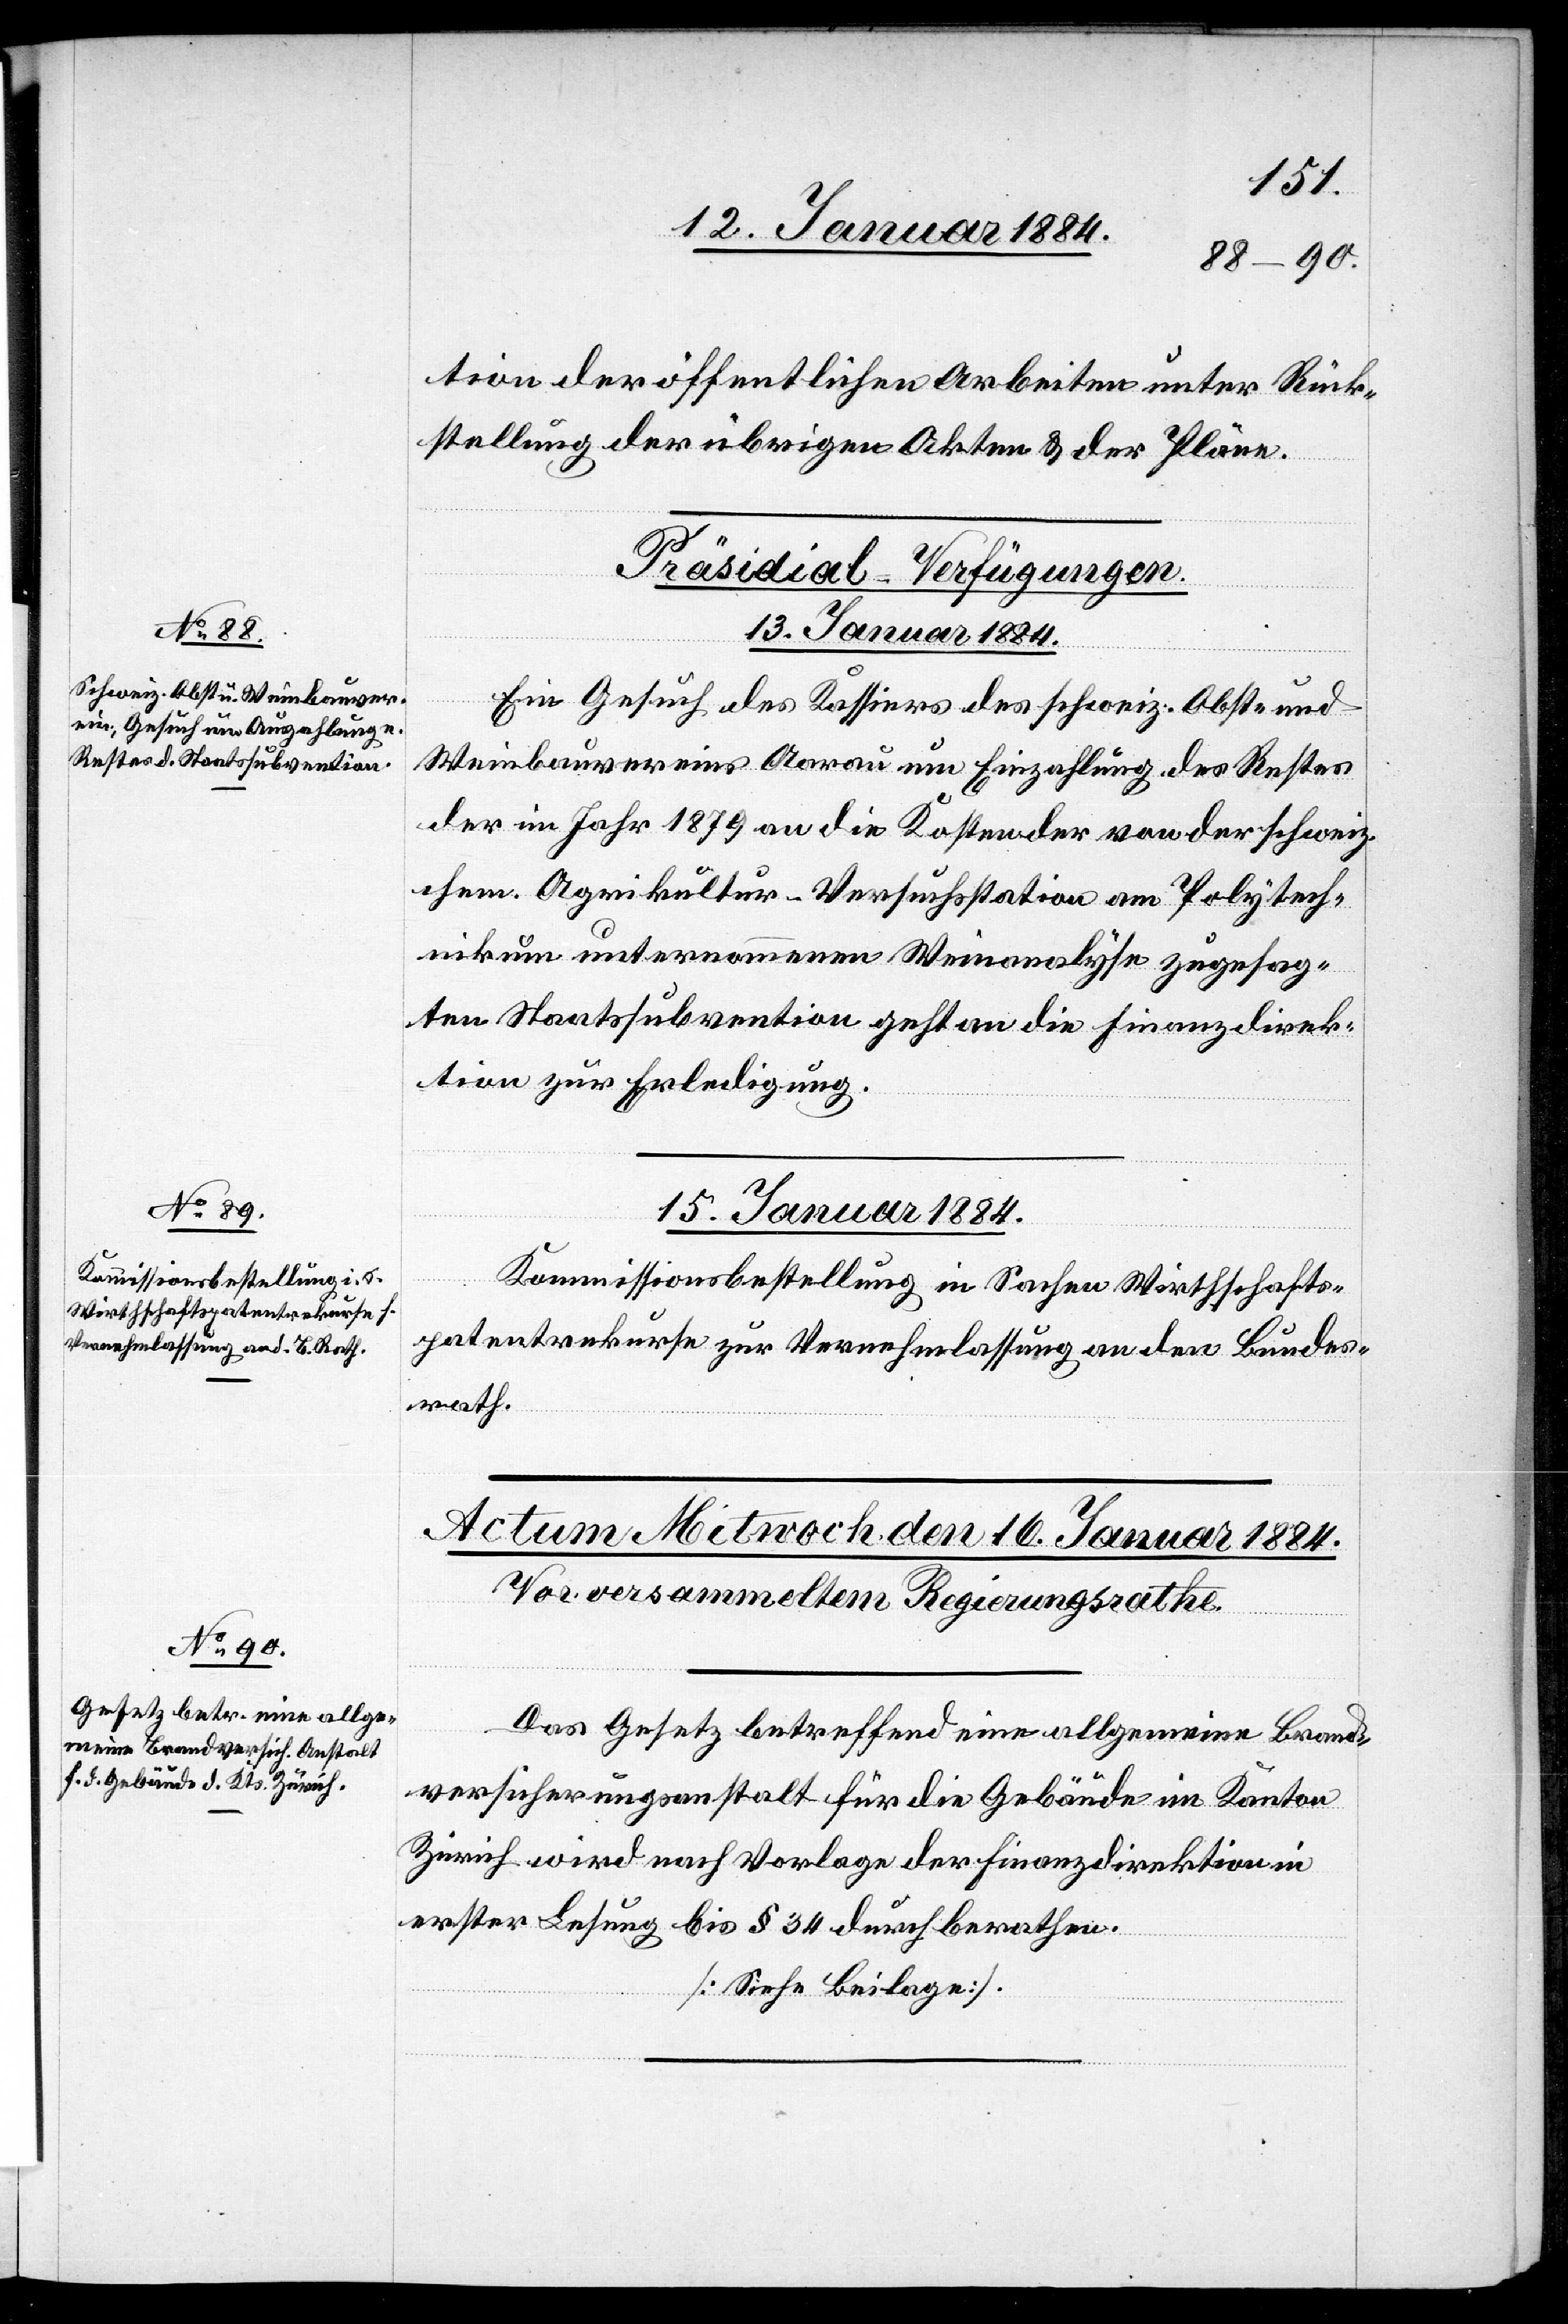
tion der öffentlichen Arbeiten unter Rück¬
stellung der übrigen Akten & der Pläne.
[Präsidial-Verfügungen.]
13. Januar 1884.
Ein Gesuch des Kassiers des schweiz. Obst- und
Weinbauvereins Aarau um Einzahlung des Restes
der im Jahr 1879 an die Kosten der von der schweiz.
chem. Agrikultur-Versuchsstation am Polytech¬
nikum unternommenen Weinanalyse zugesag¬
ten Staatssubvention geht an die Finanzdirek¬
tion zur Erledigung.
15. Januar 1884.
Kommissionsbestellung in Sachen Wirthschafts¬
patentrekurs zur Vernehmlassung an den Bundes¬
rath.
Das Gesetz betreffend eine allgemeine Brand¬
versicherungsanstalt für die Gebäude im Kanton
Zürich wird nach Vorlage der Finanzdirektion in
erster Lesung bis § 4 durchberathen.
[Siehe Beilage].